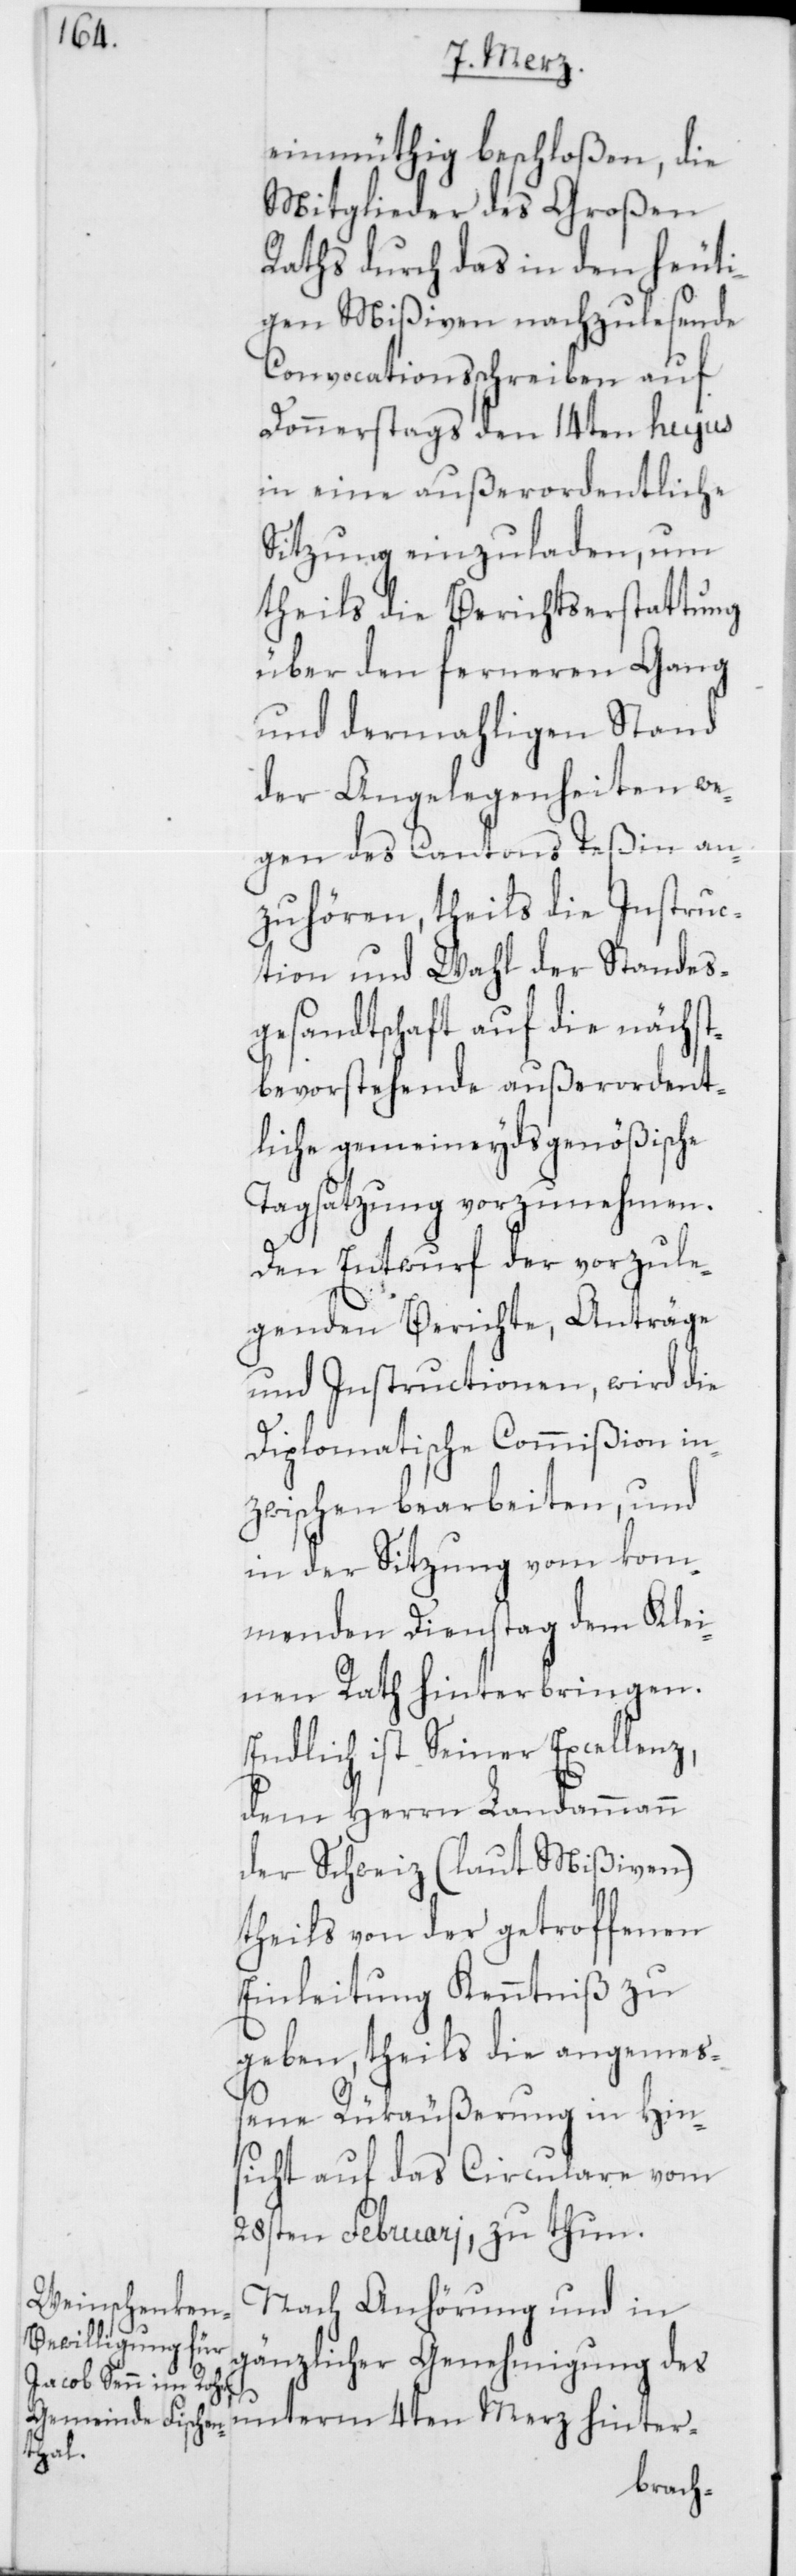
einmüthig beschloßen, die
Mitglieder des Großen
Raths durch das in den heuti¬
gen Mißiven nachzulesende
Convocationsschreiben auf
Donnerstags den 14ten hujus
in eine außerordentliche
Sitzung einzuladen, um
theils die Berichtserstattung
über den ferneren Gang
und dermahligen Stand
der Angelegenheiten we¬
gen des Cantons Teßin an¬
zuhören, theils die Instruc¬
tion und Wahl der Standes¬
gesandtschaft auf die nächst¬
bevorstehende außerordent¬
liche gemeineydsgenößische
Tagsatzung vorzunehmen.
Den Entwurf der vorzule¬
genden Berichte, Anträge
und Instructionen, wird die
Diplomatische Commißion in¬
zwischen bearbeiten, und
in der Sitzung vom kom¬
menden Dienstag dem Klei¬
nen Rath hinterbringen.
Endlich ist Seiner Excellenz,
dem Herrn Landammann
der Schweiz (laut Mißiven)
theils von der getroffenen
Einleitung Kenntniß zu
geben, theils die angemeß¬
ene Rükäußerung in Hins¬
icht auf das Circulare vom
28sten Februari, zu thun.
Nach Anhörung und in
gänzlicher Genehmigung des
unterm 4ten Merz hinter-